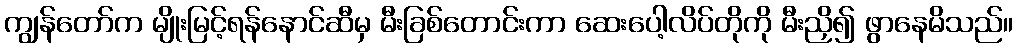
ကျွန်တော်က မျိုးမြင့်ရန်နောင်ဆီမှ မီးခြစ်တောင်းကာ ဆေးပေါ့လိပ်တိုကို မီးညှိ၍ ဖွာနေမိသည်။